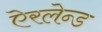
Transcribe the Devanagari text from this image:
ऐरलेन्ड